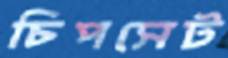
চিপসেট